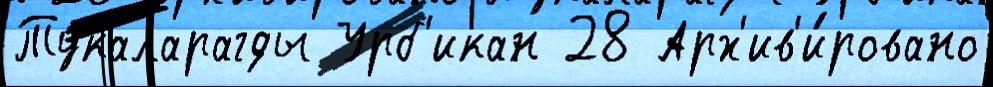
Тукаларагды Урб'икан 28 Арх'ив'и́ровано